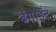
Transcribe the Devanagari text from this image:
बेसाइट